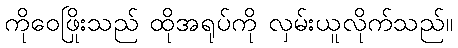
ကိုဝေဖြိုးသည် ထိုအရုပ်ကို လှမ်းယူလိုက်သည်။